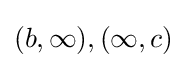
(b,\infty ),(\infty ,c)